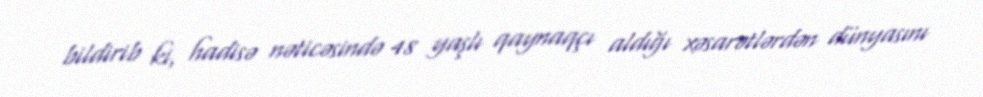
bildirib ki, hadisə nəticəsində 48 yaşlı qaynaqçı aldığı xəsarətlərdən dünyasını